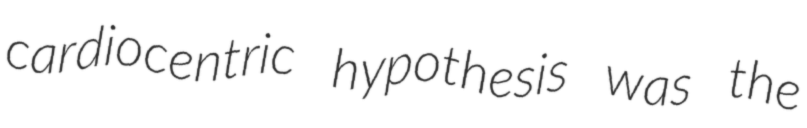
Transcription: cardiocentric hypothesis was the